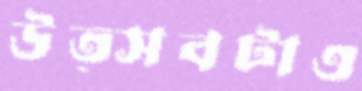
উত্সবটাও